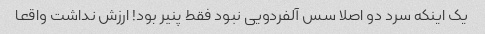
یک اینکه سرد دو اصلا سس آلفردویی نبود فقط پنیر بود! ارزش نداشت واقعا